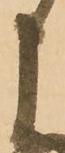
申